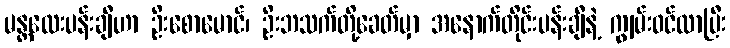
မန္တလေးပန်းချီဟာ ဦးစောမောင်၊ ဦးဘသက်တို့ခေတ်မှာ အနောက်တိုင်းပန်းချီနဲ့ ကျွမ်းဝင်လာပြီး